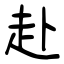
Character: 赴